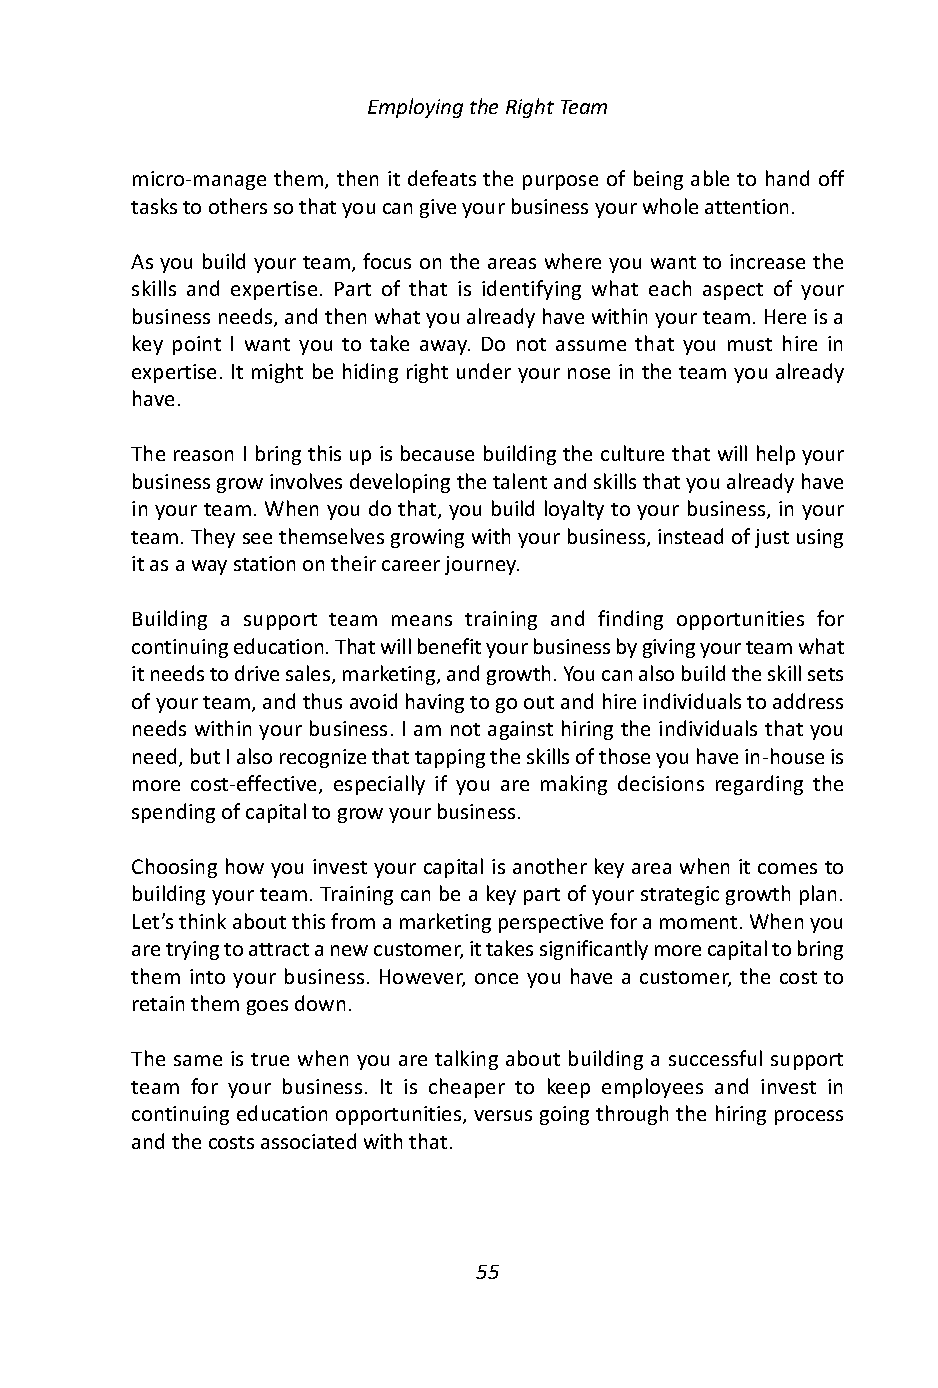
Employing the Right Team
 micro-manage them, then it defeats the purpose of being able to hand off
 tasks to others so that you can give your business your whole attention.
 As you build your team, focus on the areas where you want to increase the
 skills and expertise. Part of that is identifying what each aspect of your
 business needs, and then what you already have within your team. Here is a
 key point I want you to take away. Do not assume that you must hire in
 expertise. It might be hiding right under your nose in the team you already
 have.
 The reason I bring this up is because building the culture that will help your
 business grow involves developing the talent and skills that you already have
 in your team. When you do that, you build loyalty to your business, in your
 team. They see themselves growing with your business, instead of just using
 it as a way station on their career journey.
 Building a support team means training and finding opportunities for
 continuing education. That will benefit your business by giving your team what
 it needs to drive sales, marketing, and growth. You can also build the skill sets
 of your team, and thus avoid having to go out and hire individuals to address
 needs within your business. I am not against hiring the individuals that you
 need, but I also recognize that tapping the skills of those you have in-house is
 more cost-effective, especially if you are making decisions regarding the
 spending of capital to grow your business.
 Choosing how you invest your capital is another key area when it comes to
 building your team. Training can be a key part of your strategic growth plan.
 Let’s think about this from a marketing perspective for a moment. When you
 are trying to attract a new customer, it takes significantly more capital to bring
 them into your business. However, once you have a customer, the cost to
 retain them goes down.
 The same is true when you are talking about building a successful support
 team for your business. It is cheaper to keep employees and invest in
 continuing education opportunities, versus going through the hiring process
 and the costs associated with that.
 55